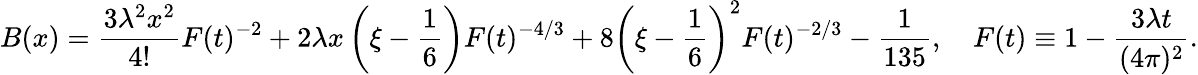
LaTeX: B(x)=\frac{3\lambda^{2}x^{2}}{4!}F(t)^{-2}+2\lambda x\left(\xi-\frac{1}{6}\right)F(t)^{-4/3}+8\left(\xi-\frac{1}{6}\right)^{2}F(t)^{-2/3}-\frac{1}{135},\ \ \ \ F(t)\equiv 1-\frac{3\lambda t}{(4\pi)^{2}}.